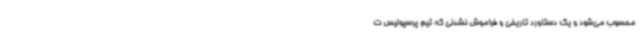
محسوب می‌شود و یک دستاورد تاریخی و فراموش نشدنی که تیم پرسپولیس ت